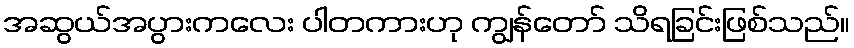
အဆွယ်အပွားကလေး ပါတကားဟု ကျွန်တော် သိရခြင်းဖြစ်သည်။